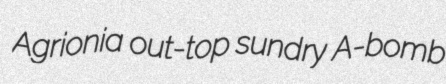
Agrionia out-top sundry A-bomb